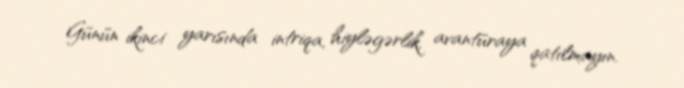
Günün ikinci yarısında intriqa, hiyləgərlik, avantüraya qatılmayın.